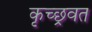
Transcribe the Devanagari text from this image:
कृच्छ्रवत